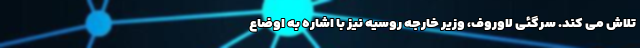
تلاش می کند. سرگئی لاوروف، وزیر خارجه روسیه نیز با اشاره به اوضاع